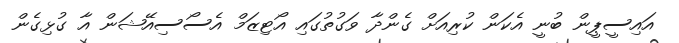
އައިސީޕީން ބުނީ އެކަން ކުރިއަށް ގެންދާ ވަގުތުގައި އޯޓިޒަމް އެސޯސިއޭޝަން އާ ގުޅިގެން